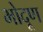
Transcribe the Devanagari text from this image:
भोदूण